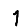
Digit: 1